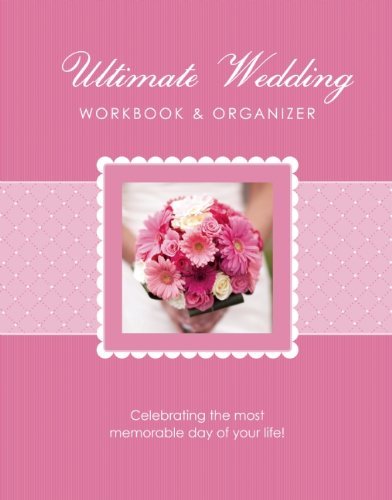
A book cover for The Ultimate Wedding Workbook & Organizer; Elizabeth Lluch; Crafts, Hobbies & Home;